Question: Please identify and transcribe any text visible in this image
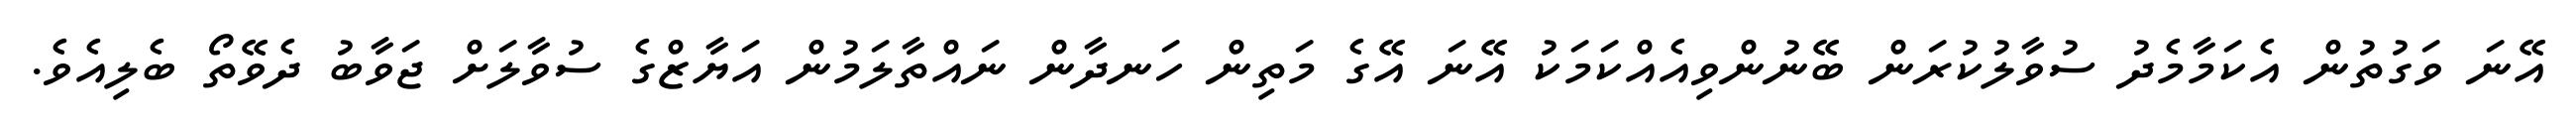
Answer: އޭނަ ވަގުތުން އެކަމާމެދު ސުވާލުކުރަން ބޭނުންވިއެއްކަމަކު އޭނަ އޭގެ މަތިން ހަނދާން ނައްތާލަމުން އަޔާޒްގެ ސުވާލަށް ޖަވާބު ދެވޭތޯ ބެލިއެވެ.